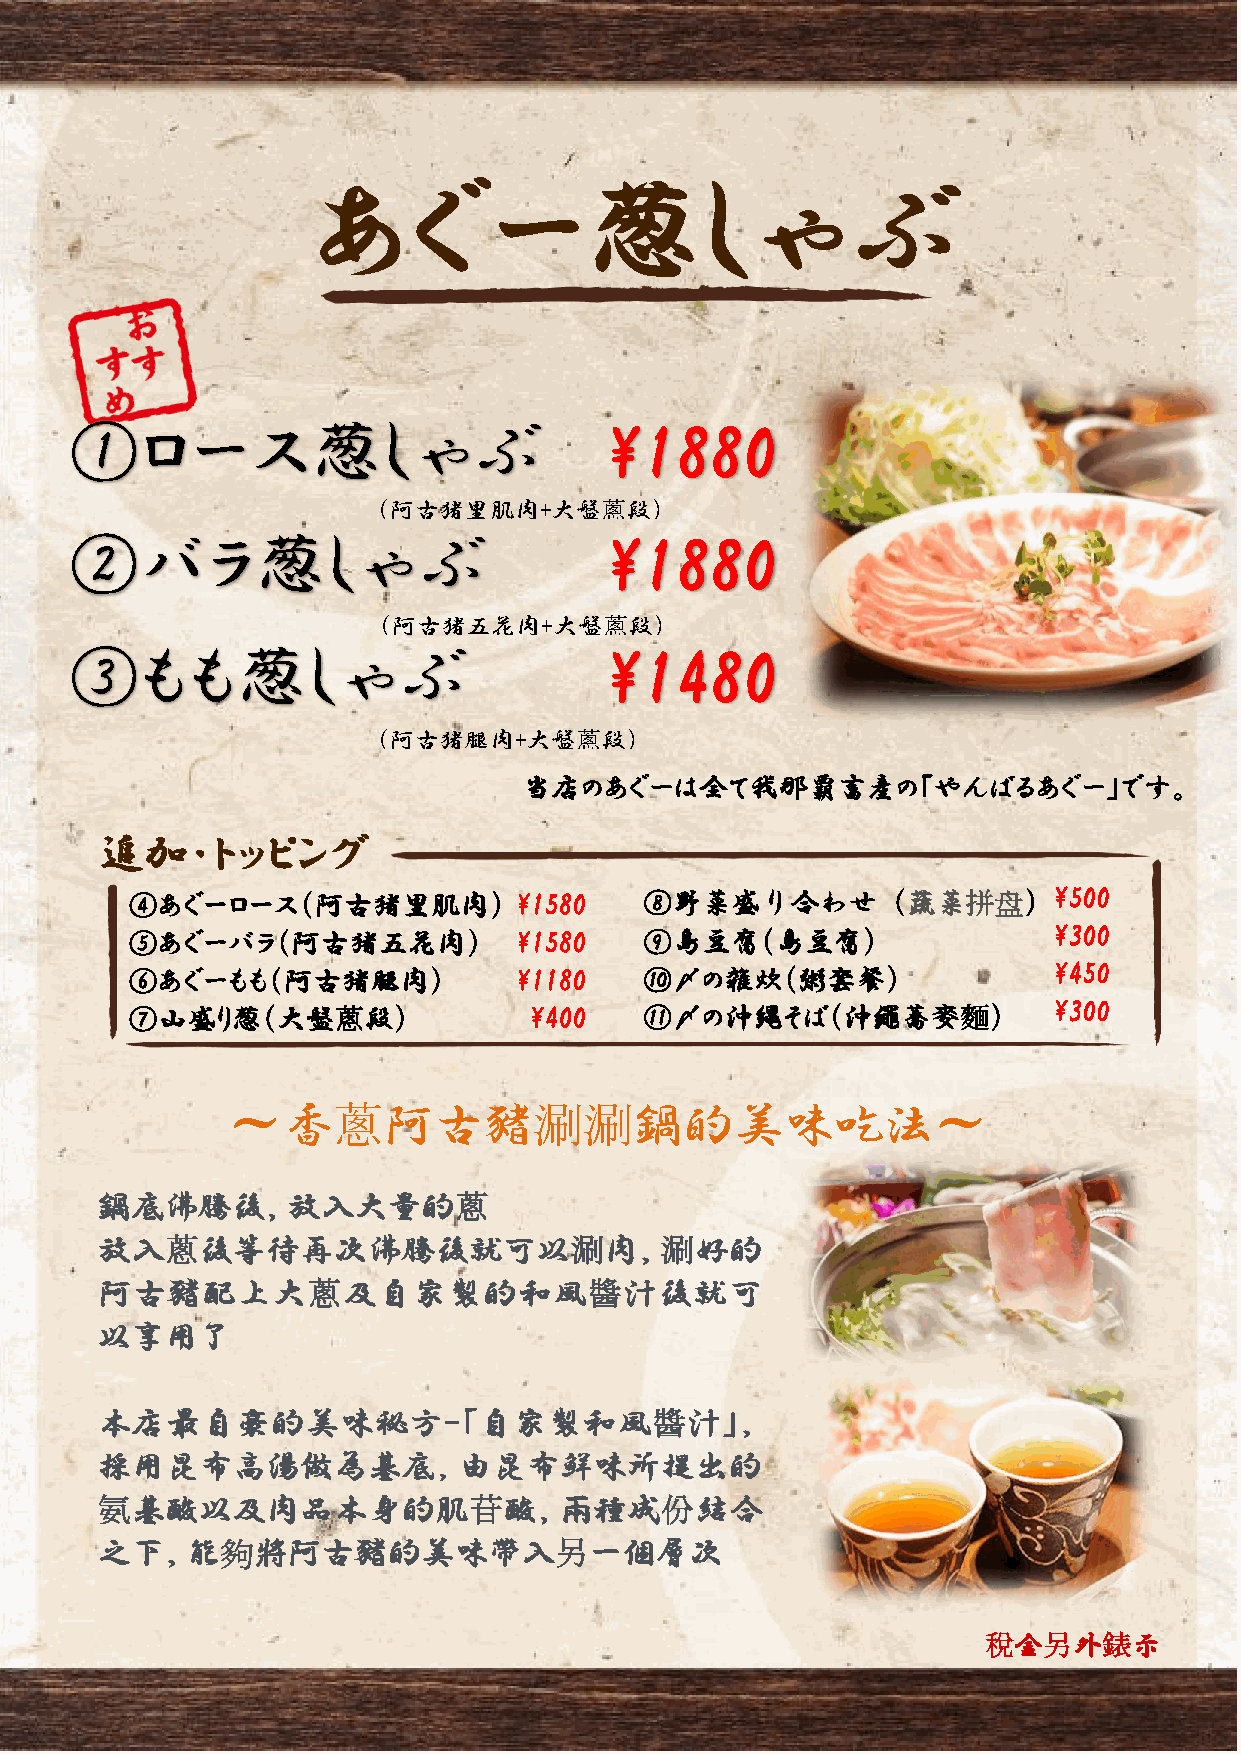
あぐー葱しゃぶ
 ①ロース葱しゃぶ                           \  1 8 80
 （阿古猪里肌肉+大盤蔥段）
 ②バラ葱しゃぶ                            \1880
 （阿古猪五花肉+大盤蔥段）
 ③もも葱しゃぶ                            \1480
 （阿古猪腿肉+大盤蔥段）
 当店のあぐーは全て我那覇畜産の「やんばるあぐー」です。
 追加・トッピング
 ④あぐーロース（阿古猪里肌肉）           \1580    ⑧野菜盛り合わせ（蔬菜拼盘）             \5 0 0
 ⑤あぐーバラ（阿古猪五花肉）            \1580    ⑨島豆腐（島豆腐）                  \ 300
 ⑥あぐーもも（阿古猪腿肉）             \1180    ⑩〆の雑炊（粥套餐）                 \450
 ⑦山盛り葱（大盤蔥段）                \400    ⑪〆の沖縄そば（沖繩蕎麥麵）             \ 3 0 0
 ～香蔥阿古豬涮涮鍋的美味吃法～
 鍋底沸騰後，放入大量的蔥
 放入蔥後等待再次沸騰後就可以涮肉，涮好的
 阿古豬配上大蔥及自家製的和風醬汁後就可
 以享用了
 本店最自豪的美味秘方-「自家製和風醬汁」，
 採用昆布高湯做為基底，由昆布鮮味所提出的
 氨基酸以及肉品本身的肌苷酸，兩種成份結合
 之下，能夠將阿古豬的美味帶入另一個層次
 稅金另外錶示
 全て税別価格の表示です。